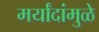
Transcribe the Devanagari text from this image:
मर्यांदांमुळे